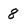
Character: 8